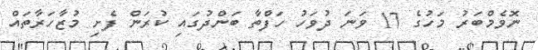
ނޮވެމްބަރު މަހުގެ 17 ވަނަ ދުވަހު ހަފްތާ ބަންދުގައި ކުރަން ފެށި މުޒާހަރާތައް